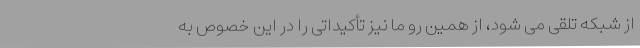
از شبکه تلقی می شود، از همین رو ما نیز تأکیداتی را در این خصوص به